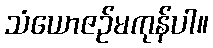
သံယောဇဉ်မကုန်ပါ။